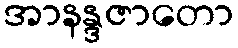
အာနန္ဒဇာတော